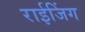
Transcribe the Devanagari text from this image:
राईजिंग